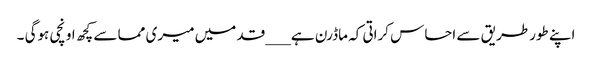
اپنے طورطریق سے احساس کراتی کہ ماڈرن ہے ___قد میں میری مما سے کچھ اونچی ہوگی ۔